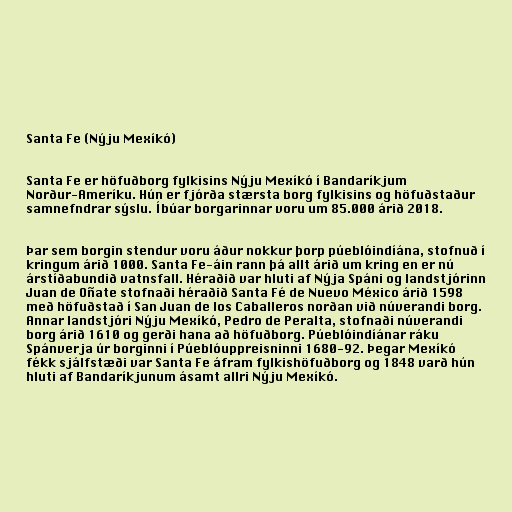
Santa Fe (Nýju Mexíkó)

Santa Fe er höfuðborg fylkisins Nýju Mexíkó í Bandaríkjum
Norður-Ameríku. Hún er fjórða stærsta borg fylkisins og höfuðstaður
samnefndrar sýslu. Íbúar borgarinnar voru um 85.000 árið 2018.

Þar sem borgin stendur voru áður nokkur þorp púeblóindíána, stofnuð í
kringum árið 1000. Santa Fe-áin rann þá allt árið um kring en er nú
árstíðabundið vatnsfall. Héraðið var hluti af Nýja Spáni og landstjórinn
Juan de Oñate stofnaði héraðið Santa Fé de Nuevo México árið 1598
með höfuðstað í San Juan de los Caballeros norðan við núverandi borg.
Annar landstjóri Nýju Mexíkó, Pedro de Peralta, stofnaði núverandi
borg árið 1610 og gerði hana að höfuðborg. Púeblóindíánar ráku
Spánverja úr borginni í Púeblóuppreisninni 1680-92. Þegar Mexíkó
fékk sjálfstæði var Santa Fe áfram fylkishöfuðborg og 1848 varð hún
hluti af Bandaríkjunum ásamt allri Nýju Mexíkó.